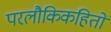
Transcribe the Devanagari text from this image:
परलौकिकहितों